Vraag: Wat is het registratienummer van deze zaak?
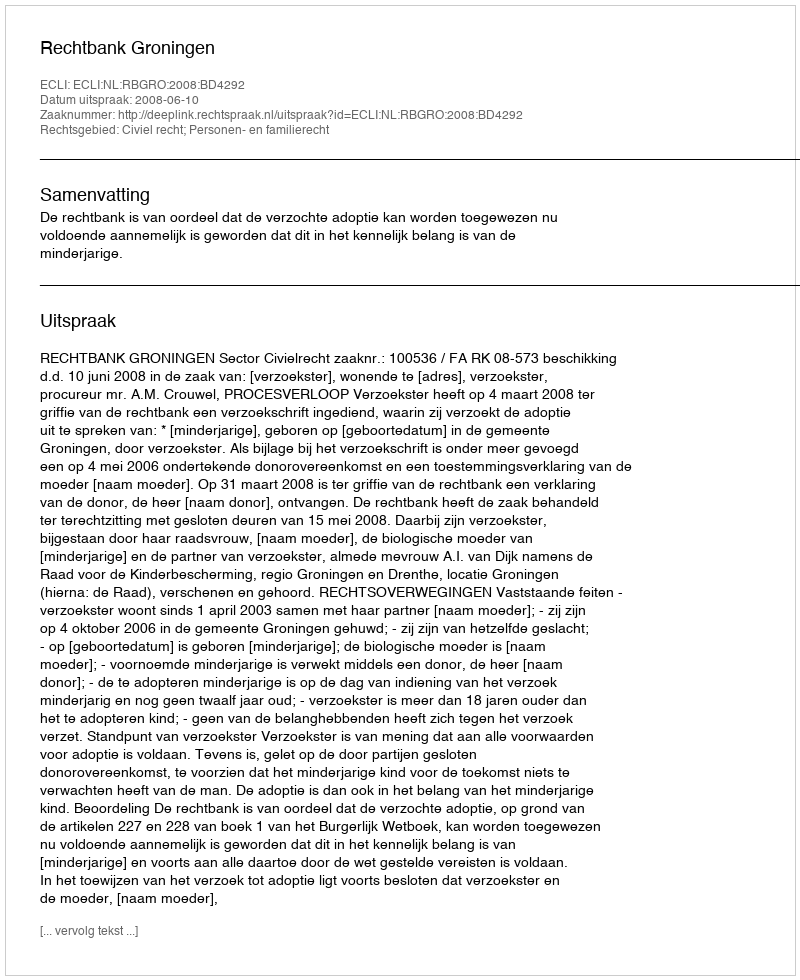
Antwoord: http://deeplink.rechtspraak.nl/uitspraak?id=ECLI:NL:RBGRO:2008:BD4292